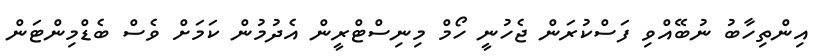
އިންތިހާބު ނުބޭއްވި ފަސްކުރަން ޖެހުނީ ހޯމް މިނިސްޓްރީން އެދުމުން ކަމަށް ވެސް ބެޑްމިންޓަން